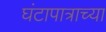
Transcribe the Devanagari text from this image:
घंटापात्राच्या